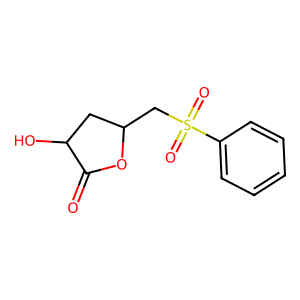
SMILES: O=C1OC(CS(=O)(=O)c2ccccc2)CC1O
Inhibits HIV replication: No